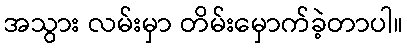
အသွား လမ်းမှာ တိမ်းမှောက်ခဲ့တာပါ။